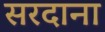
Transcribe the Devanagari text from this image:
सरदाना